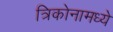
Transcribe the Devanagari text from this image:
त्रिकोनामध्ये